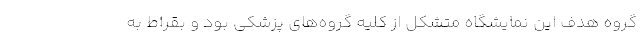
گروه هدف این نمایشگاه متشکل از کلیه گروه‌های پزشکی بود و بقراط به